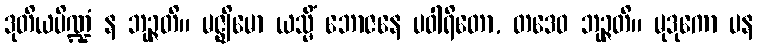
ဒုတိယပိဏ္ဍံ န ဘုဉ္ဇတိ။ မဇ္ဈိမော ယသ္မိံ ဘောဇနေ ပဝါရိတော, တဒေဝ ဘုဉ္ဇတိ။ မုဒုကော ပန